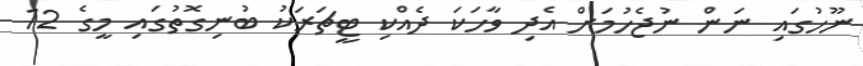
ނޫހުގައި ނަން ނުޖެހުމަށް އެދި ވާހަކަ ދެއްކި ޓީޗަރަކު ބުނިގޮތުގައި މީގެ 12